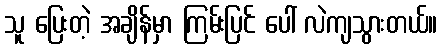
သူ ပြေးတဲ့ အချိန်မှာ ကြမ်းပြင် ပေါ် လဲကျသွားတယ်။